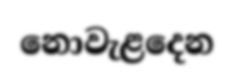
නොවැළදෙන